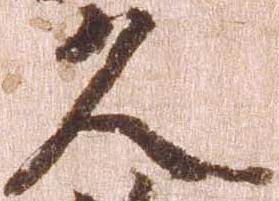
久